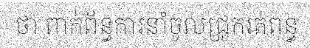
ថា ពាក់ព័ន្ធការនាំចូលជ្រូករត់ពន្ធ